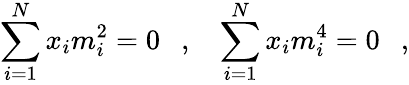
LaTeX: \sum_{i=1}^{N}x_{i}m_{i}^{2}=0~~~,~~~\sum_{i=1}^{N}x_{i}m_{i}^{4}=0~~~,